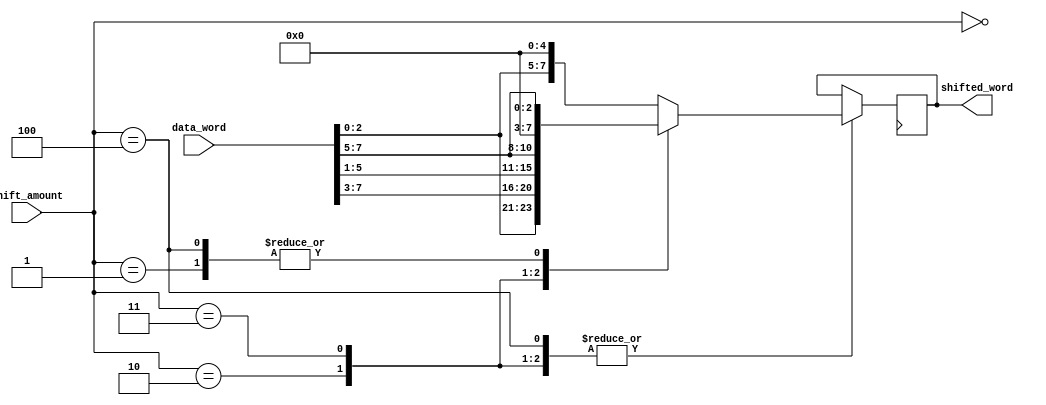
module barrel_shifter(
    input [7:0] data_word,
    input [4:0] shift_amount,
    output reg [7:0] shifted_word
);

// define the four shift operations
parameter LEFT_SHIFT = 0;
parameter RIGHT_SHIFT = 1;
parameter CIRCULAR_SHIFT_LEFT = 2;
parameter CIRCULAR_SHIFT_RIGHT = 3;
parameter LOGICAL_SHIFT_RIGHT = 4;

// instantiate individual arithmetic blocks for each shift operation
reg [7:0] shift1, shift2, shift3, shift4, shift5;

always @(*) begin
    case(shift_amount)
        LEFT_SHIFT: begin
            shift1 = data_word << 1;
            shift2 = shift1 << 1;
            shift3 = shift2 << 1;
            shift4 = shift3 << 1;
            shift5 = shift4 << 1;
        end
        RIGHT_SHIFT: begin
            shift1 = data_word >> 1;
            shift2 = shift1 >> 1;
            shift3 = shift2 >> 1;
            shift4 = shift3 >> 1;
            shift5 = shift4 >> 1;
        end
        CIRCULAR_SHIFT_LEFT: begin
            shift1 = {data_word[6:0], data_word[7]};
            shift2 = {shift1[6:0], shift1[7]};
            shift3 = {shift2[6:0], shift2[7]};
            shift4 = {shift3[6:0], shift3[7]};
            shift5 = {shift4[6:0], shift4[7]};
        end
        CIRCULAR_SHIFT_RIGHT: begin
            shift1 = {data_word[1], data_word[7:1]};
            shift2 = {shift1[1], shift1[7:1]};
            shift3 = {shift2[1], shift2[7:1]};
            shift4 = {shift3[1], shift3[7:1]};
            shift5 = {shift4[1], shift4[7:1]};
        end
        LOGICAL_SHIFT_RIGHT: begin
            shift1 = data_word >> 1;
            shift2 = shift1 >> 1;
            shift3 = shift2 >> 1;
            shift4 = shift3 >> 1;
            shift5 = shift4 >> 1;
        end
        default: begin
            shift1 = 0;
            shift2 = 0;
            shift3 = 0;
            shift4 = 0;
            shift5 = 0;
        end
    endcase
end

always @(posedge clk) begin
    case(shift_amount)
        LEFT_SHIFT: shifted_word = shift5;
        RIGHT_SHIFT: shifted_word = shift5;
        CIRCULAR_SHIFT_LEFT: shifted_word = shift5;
        CIRCULAR_SHIFT_RIGHT: shifted_word = shift5;
        LOGICAL_SHIFT_RIGHT: shifted_word = shift5;
    endcase
end

endmodule